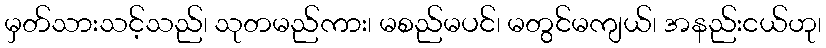
မှတ်သားသင့်သည်၊ သုတမည်ကား၊ မစည်မပင်၊ မတွင်မကျယ်၊ အနည်းငယ်ဟု၊